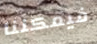
فيمكننا